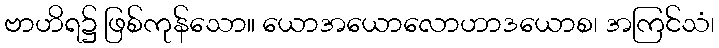
ဗာဟိရ၌ ဖြစ်ကုန်သော။ ယောအယောလောဟာဒယောစ၊ အကြင်သံ၊